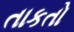
તાકતો